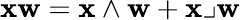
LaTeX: \mathbf{xw}=\mathbf{x}\wedge\mathbf{w}+\mathbf{x}\lrcorner\mathbf{w}